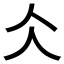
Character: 仌